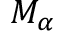
M _ { \alpha }